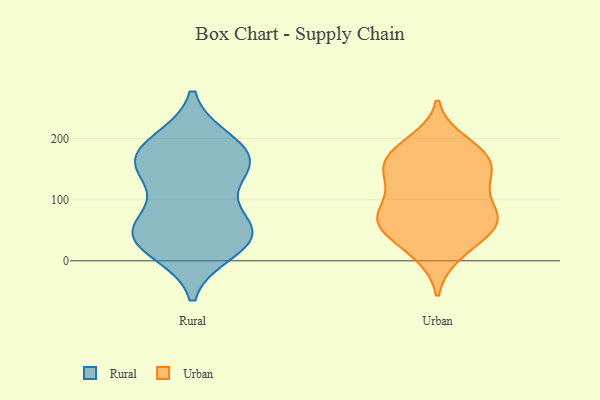
{"axis": {"x": "Headcount", "y": "Value"}, "legend": ["Rural", "Urban"], "data": [{"x": "", "y": 68, "type": "Rural"}, {"x": "", "y": 145, "type": "Rural"}, {"x": "", "y": 166, "type": "Rural"}, {"x": "", "y": 41, "type": "Rural"}, {"x": "", "y": 57, "type": "Rural"}, {"x": "", "y": 44, "type": "Rural"}, {"x": "", "y": 138, "type": "Rural"}, {"x": "", "y": 188, "type": "Rural"}, {"x": "", "y": 172, "type": "Rural"}, {"x": "", "y": 30, "type": "Rural"}, {"x": "", "y": 194, "type": "Rural"}, {"x": "", "y": 158, "type": "Rural"}, {"x": "", "y": 43, "type": "Rural"}, {"x": "", "y": 18, "type": "Rural"}, {"x": "", "y": 15, "type": "Urban"}, {"x": "", "y": 176, "type": "Urban"}, {"x": "", "y": 101, "type": "Urban"}, {"x": "", "y": 139, "type": "Urban"}, {"x": "", "y": 150, "type": "Urban"}, {"x": "", "y": 135, "type": "Urban"}, {"x": "", "y": 57, "type": "Urban"}, {"x": "", "y": 89, "type": "Urban"}, {"x": "", "y": 68, "type": "Urban"}, {"x": "", "y": 176, "type": "Urban"}, {"x": "", "y": 54, "type": "Urban"}, {"x": "", "y": 138, "type": "Urban"}, {"x": "", "y": 10, "type": "Urban"}, {"x": "", "y": 181, "type": "Urban"}, {"x": "", "y": 83, "type": "Urban"}, {"x": "", "y": 61, "type": "Urban"}, {"x": "", "y": 157, "type": "Urban"}, {"x": "", "y": 195, "type": "Urban"}, {"x": "", "y": 62, "type": "Urban"}, {"x": "", "y": 54, "type": "Urban"}]}